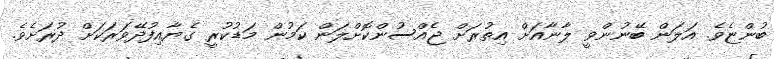
ބުންޏެވެ. އަލަން ބޭނުންވީ ލާނާއަށް އިތުރަށް ޖެއްސުންކޮށްލަން ކަމުން މަޑުކުރީ ގެޔާއިފުދޭވަރަކަށް ދުރަށެވެ.